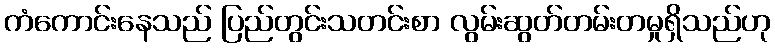
ကံကောင်းနေသည် ပြည်တွင်းသတင်းစာ လွမ်းဆွတ်တမ်းတမှုရှိသည်ဟု